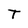
Character: T